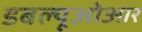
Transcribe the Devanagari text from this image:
डबल्यूओआर